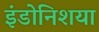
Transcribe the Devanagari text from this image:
इंडोनिशया